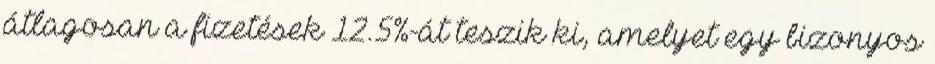
átlagosan a fizetések 12.5%-át teszik ki, amelyet egy bizonyos